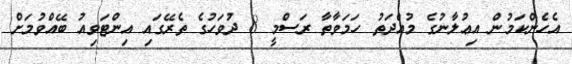
އެހެންކަމުން އިޢުލާނުގެ މުއްދަތު ހަމަވާތާ ރަސްމީ 8 ދުވަހުގެ ތެރޭގައި އިންޓަވިއު ބޭއްވުމަށް